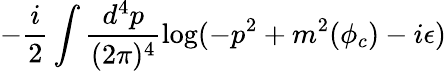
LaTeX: -\frac{i}{2}\int\frac{d^{4}p}{(2\pi)^{4}}\log(-p^{2}+m^{2}(\phi_{c})-i\epsilon)